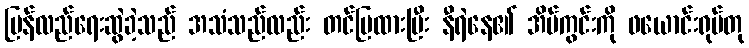
ပြန်လည်ရေးဆွဲခဲ့သည် အသံသည်လည်း တင်ပြထားပြီး နီရဲနေ၏ အိမ်ကွင်းကို ဖယောင်းရုပ်တု